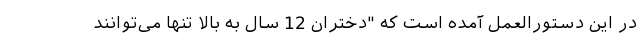
در این دستورالعمل آمده است که "دختران 12 سال به بالا تنها می‌توانند